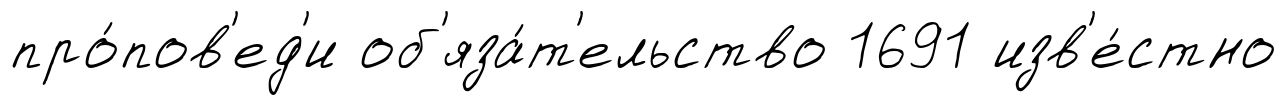
про́пов'ед'и об'яза́т'ельство 1691 изв'е́стно